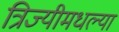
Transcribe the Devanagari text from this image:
त्रिज्यीमधल्या